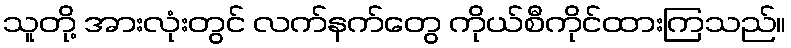
သူတို့ အားလုံးတွင် လက်နက်တွေ ကိုယ်စီကိုင်ထားကြသည်။